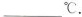
\underline℃。